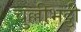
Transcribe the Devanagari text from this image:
चुल्लीभट्ठी